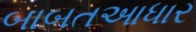
બાબતઆધાર